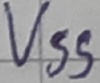
Text: VSS